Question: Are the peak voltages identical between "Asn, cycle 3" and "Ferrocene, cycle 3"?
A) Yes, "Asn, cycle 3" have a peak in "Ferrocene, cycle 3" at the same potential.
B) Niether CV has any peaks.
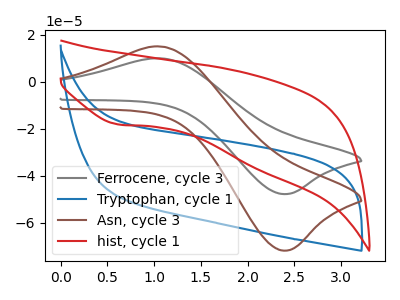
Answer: <think>The gray curve "Ferrocene, cycle 3" has an anodic peak at (1.10V, 10.00uA) and a cathodic peak at (2.40V, -47.75uA). The blue curve "Tryptophan, cycle 1" has no peaks. The brown curve "Asn, cycle 3" has an anodic peak at (1.10V, 15.05uA) and a cathodic peak at (2.40V, -71.80uA). The red curve "hist, cycle 1" has a cathodic peak at: (0.60V, -18.15uA).</think>
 <answer>A) Yes, "Asn, cycle 3" have a peak in "Ferrocene, cycle 3" at the same potential.</answer>
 <eval>A</eval>